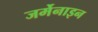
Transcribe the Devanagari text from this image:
जर्मेनाइन